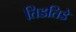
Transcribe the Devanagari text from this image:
तिडतिडे